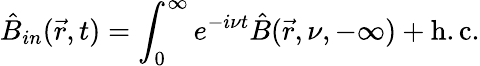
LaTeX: \hat{B}_{in}(\vec{r},t)=\int_{0}^{\infty}e^{-i\nu t}\hat{B}(\vec{r},\nu,-\infty)+\mathrm{h.c.}